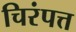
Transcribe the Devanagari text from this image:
चिरंपत्त